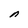
Character: n